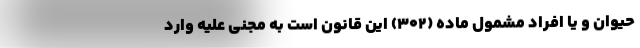
حیوان و یا افراد مشمول ماده (۳۰۲) این قانون است به مجنی علیه وارد